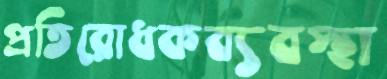
প্রতিরোধকব্যবস্থা